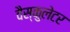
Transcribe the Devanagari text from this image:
वैस्कुलेटर